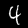
Label: 4